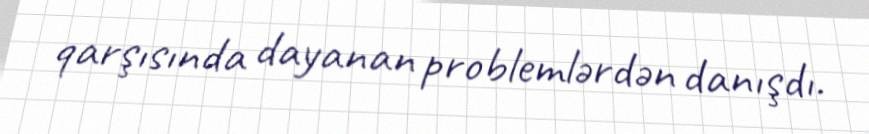
qarşısında dayanan problemlərdən danışdı.